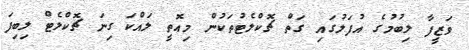
ވަޒީފާ ލިބުމުގެ އުފަލުގައި ގަތް ޗޮކްލެޓުތަކުން މިއޮތީ ލައްކަ ގިނަ ޗޮކްލެޓް ލިބިފަ